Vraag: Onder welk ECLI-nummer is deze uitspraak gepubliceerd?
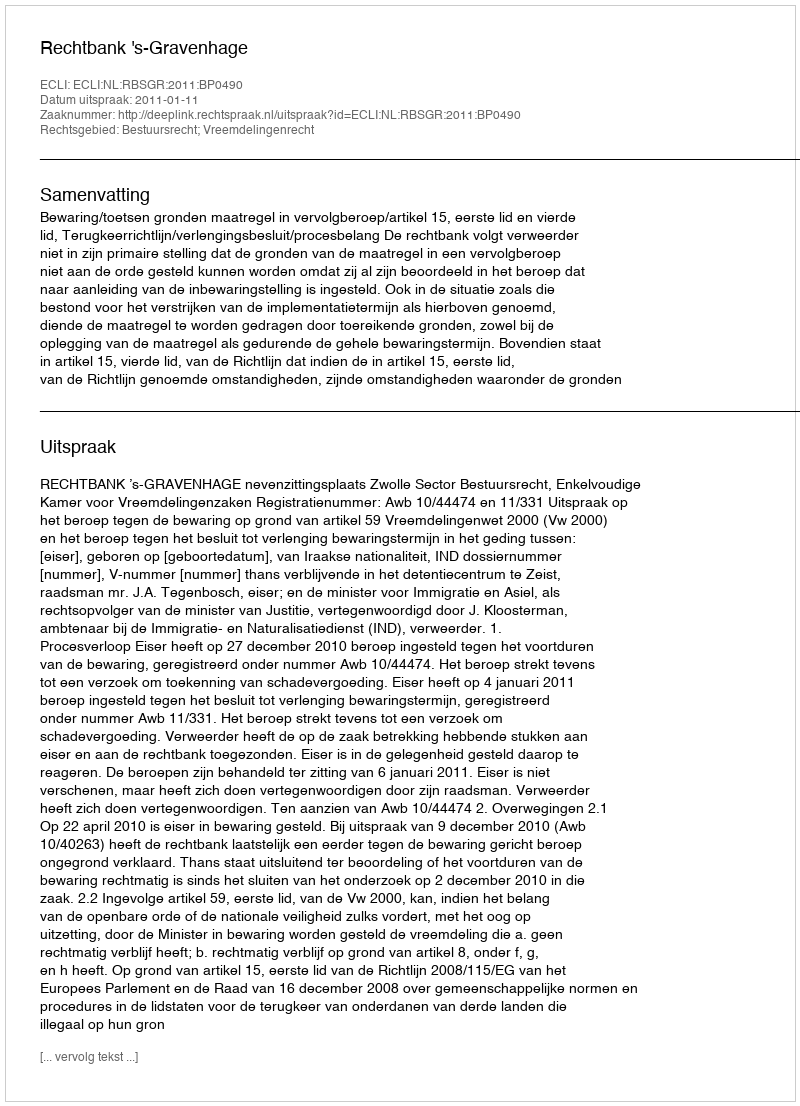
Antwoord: ECLI:NL:RBSGR:2011:BP0490